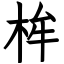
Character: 桙